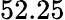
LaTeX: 52.25